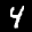
Label: 4